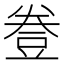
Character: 𧯦